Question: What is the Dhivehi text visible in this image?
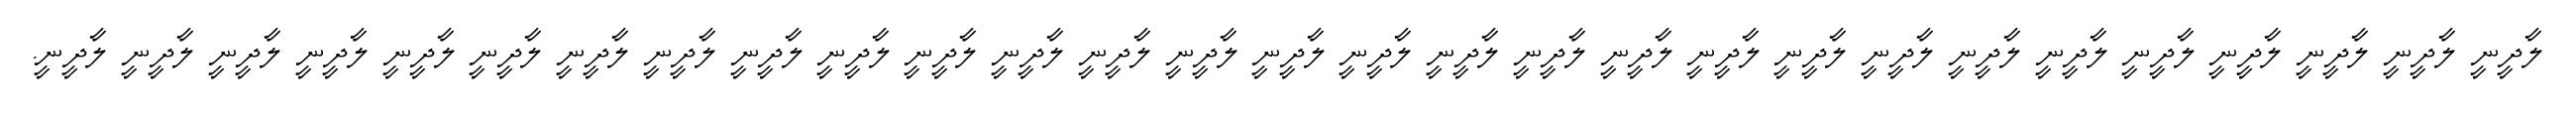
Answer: ލާދީނީ ލާދީނީ ލާދީނީ ލާދީނީ ލާދީނީ ލާދީނީ ލާދީނީ ލާދީނީ ލާދީނީ ލާދީނީ ލާދީނީ ލާދީނީ ލާދީނީ ލާދީނީ ލާދީނީ ލާދީނީ ލާދީނީ ލާދީނީ ލާދީނީ ލާދީނީ ލާދީނީ ލާދީނީ ލާދީނީ ލާދީނީ ލާދީނީ ލާދީނީ ލާދީނީ ލާދީނީ ލާދީނީ.